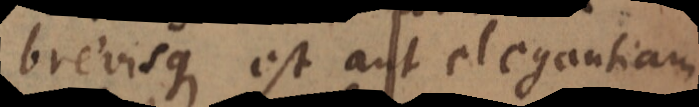
brevisque est aut elegantiam